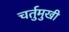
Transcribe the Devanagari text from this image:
चर्तुमुखी